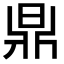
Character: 𣇓